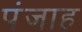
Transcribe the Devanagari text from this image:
पंजाह